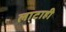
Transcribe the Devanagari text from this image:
लाटाही